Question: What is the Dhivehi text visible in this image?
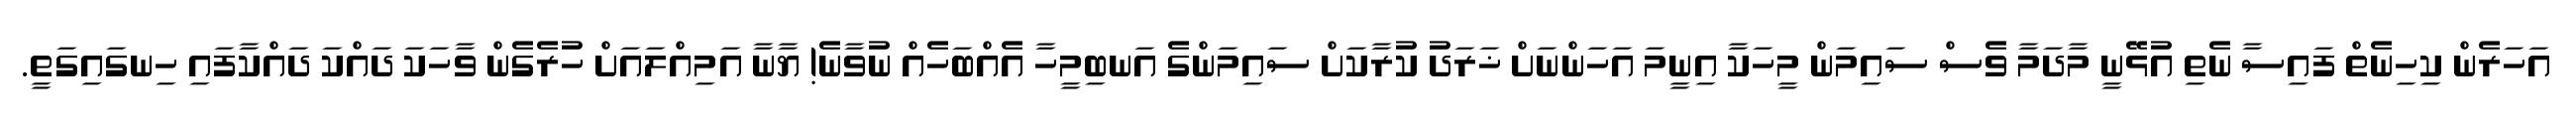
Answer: އަހަރެން ކިހިނެތް ފައިސާ ނެތި އުޅޭނީ މާދަމާ ވެސް ސައިމަން މީހަކާ އިނީމަ އަހަންނަށް ޚަރަދު ކުރާކަށް ސައިމަންގެ އަނބިމީހާ އެއްބަހެއް ނުވާނެ! ޔާނާ އަމިއްލައަށް ހުރެގެން ވާހަކަ ދައްކަ ދައްކާފައި ހިނގައިގަތީ.